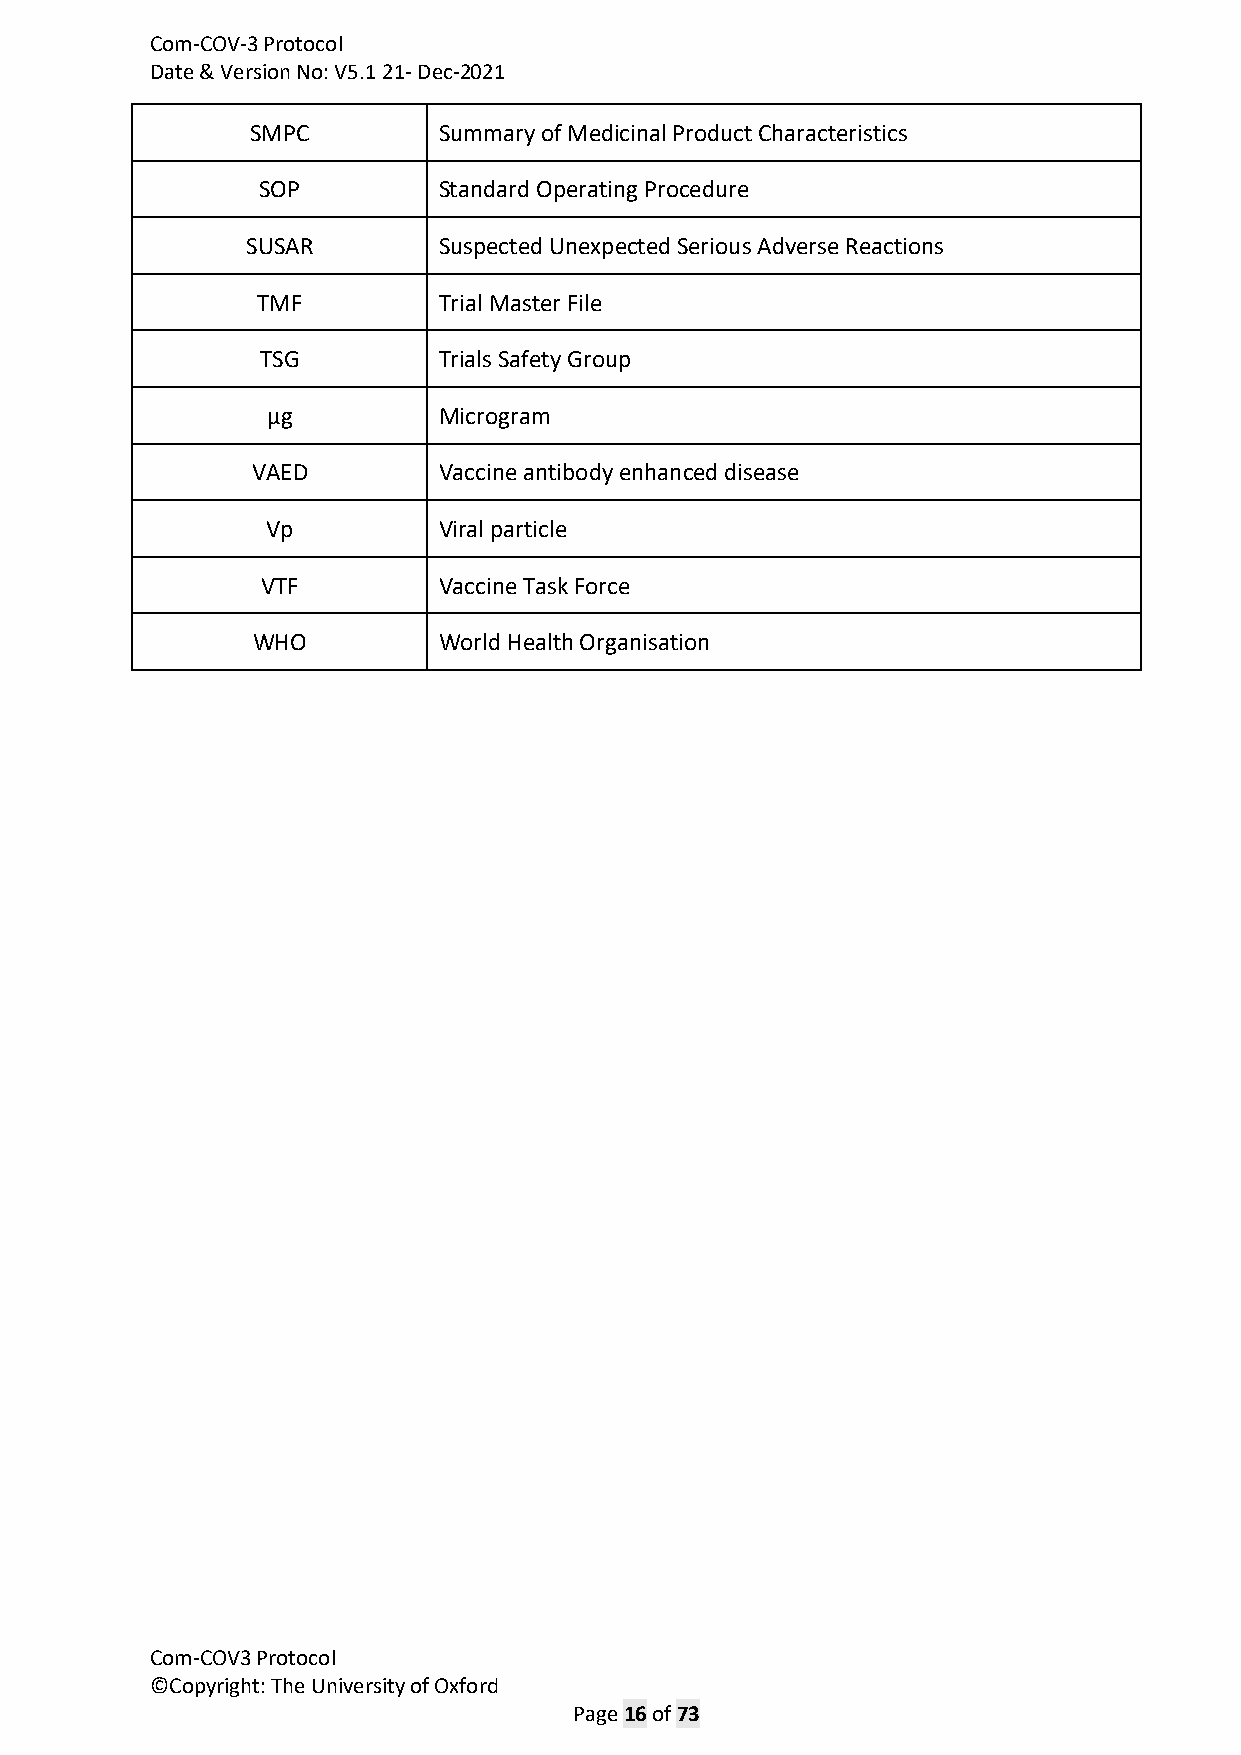
Com-COV-3 Protocol
 Date & Version No: V5.1 21- Dec-2021
 SMPC        Summary of Medicinal Product Characteristics
 SOP         Standard Operating Procedure
 SUSAR        Suspected Unexpected Serious Adverse Reactions
 TMF         Trial Master File
 TSG         Trials Safety Group
 µg         Microgram
 VAED        Vaccine antibody enhanced disease
 Vp         Viral particle
 VTF         Vaccine Task Force
 WHO         World Health Organisation
 Com-COV3 Protocol
 ©Copyright: The University of Oxford
 Page 16 of 73